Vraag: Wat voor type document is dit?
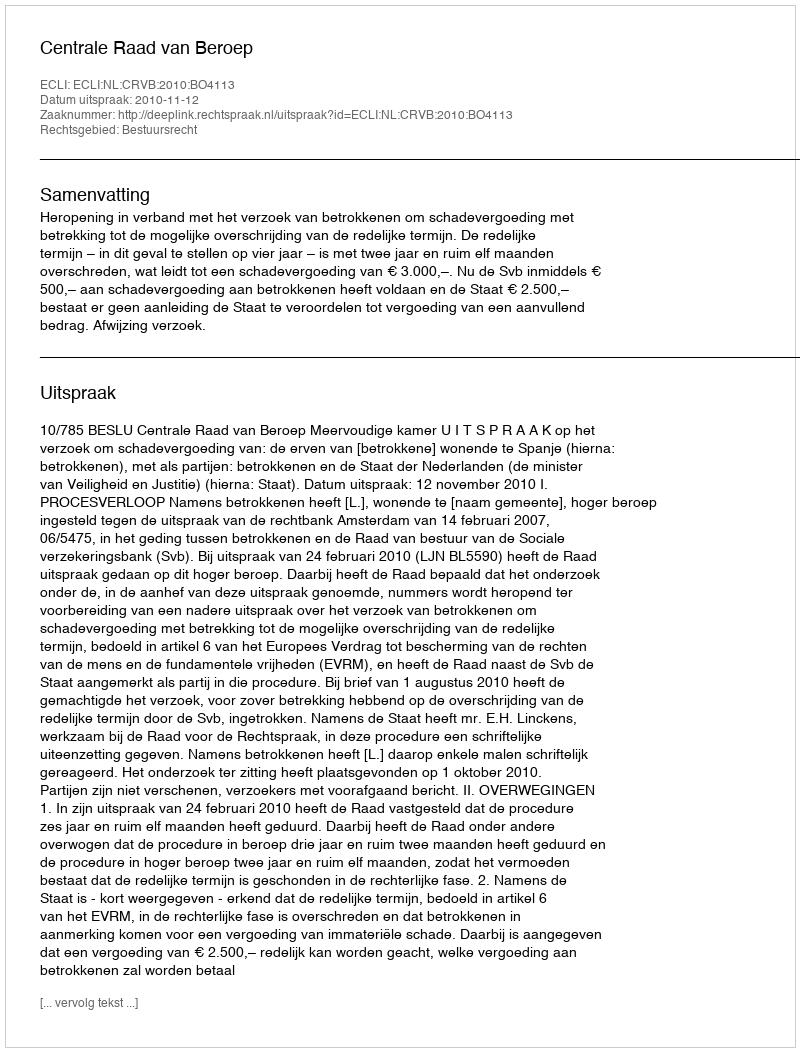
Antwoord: Uitspraak